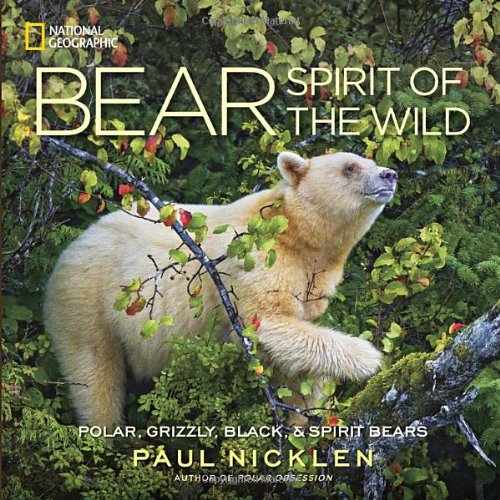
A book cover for Bear: Spirit of the Wild; Paul Nicklen; Arts & Photography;